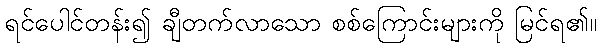
ရင်ပေါင်တန်း၍ ချီတက်လာသော စစ်ကြောင်းများကို မြင်ရ၏။